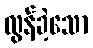
လွန်ခဲ့သော